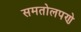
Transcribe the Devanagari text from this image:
समतोलपणे